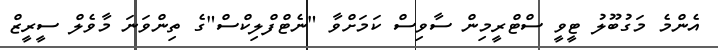
އެންމެ މަގުބޫލު ޓީވީ ސްޓްރީމިން ސާވިސް ކަމަށްވާ "ނެޓްފްލިކްސް"ގެ ތިންވަނަ މާވެލް ސީރީޒް